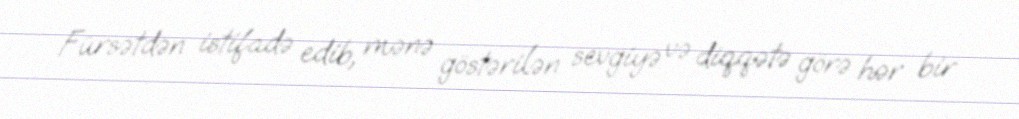
Fürsətdən istifadə edib, mənə göstərilən sevgiyə və diqqətə görə hər bir